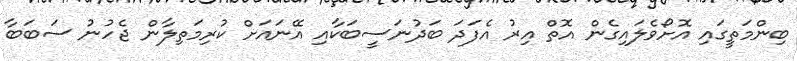
ބިންމަތީގައި އޮށޯވެލައިގެން އޮތް އިރު އެފަދަ ބަދުނަސީބަކާއި އޭނައަށް ކުރިމަތިލާން ޖެހުނު ސަބަބާ